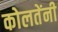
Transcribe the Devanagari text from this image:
कोलतेंनी